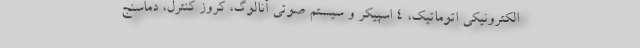
الکترونیکی اتوماتیک، 4 اسپیکر و سیستم صوتی آنالوگ، کروز کنترل، دماسنج